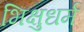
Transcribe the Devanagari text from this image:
भिक्षुधर्म